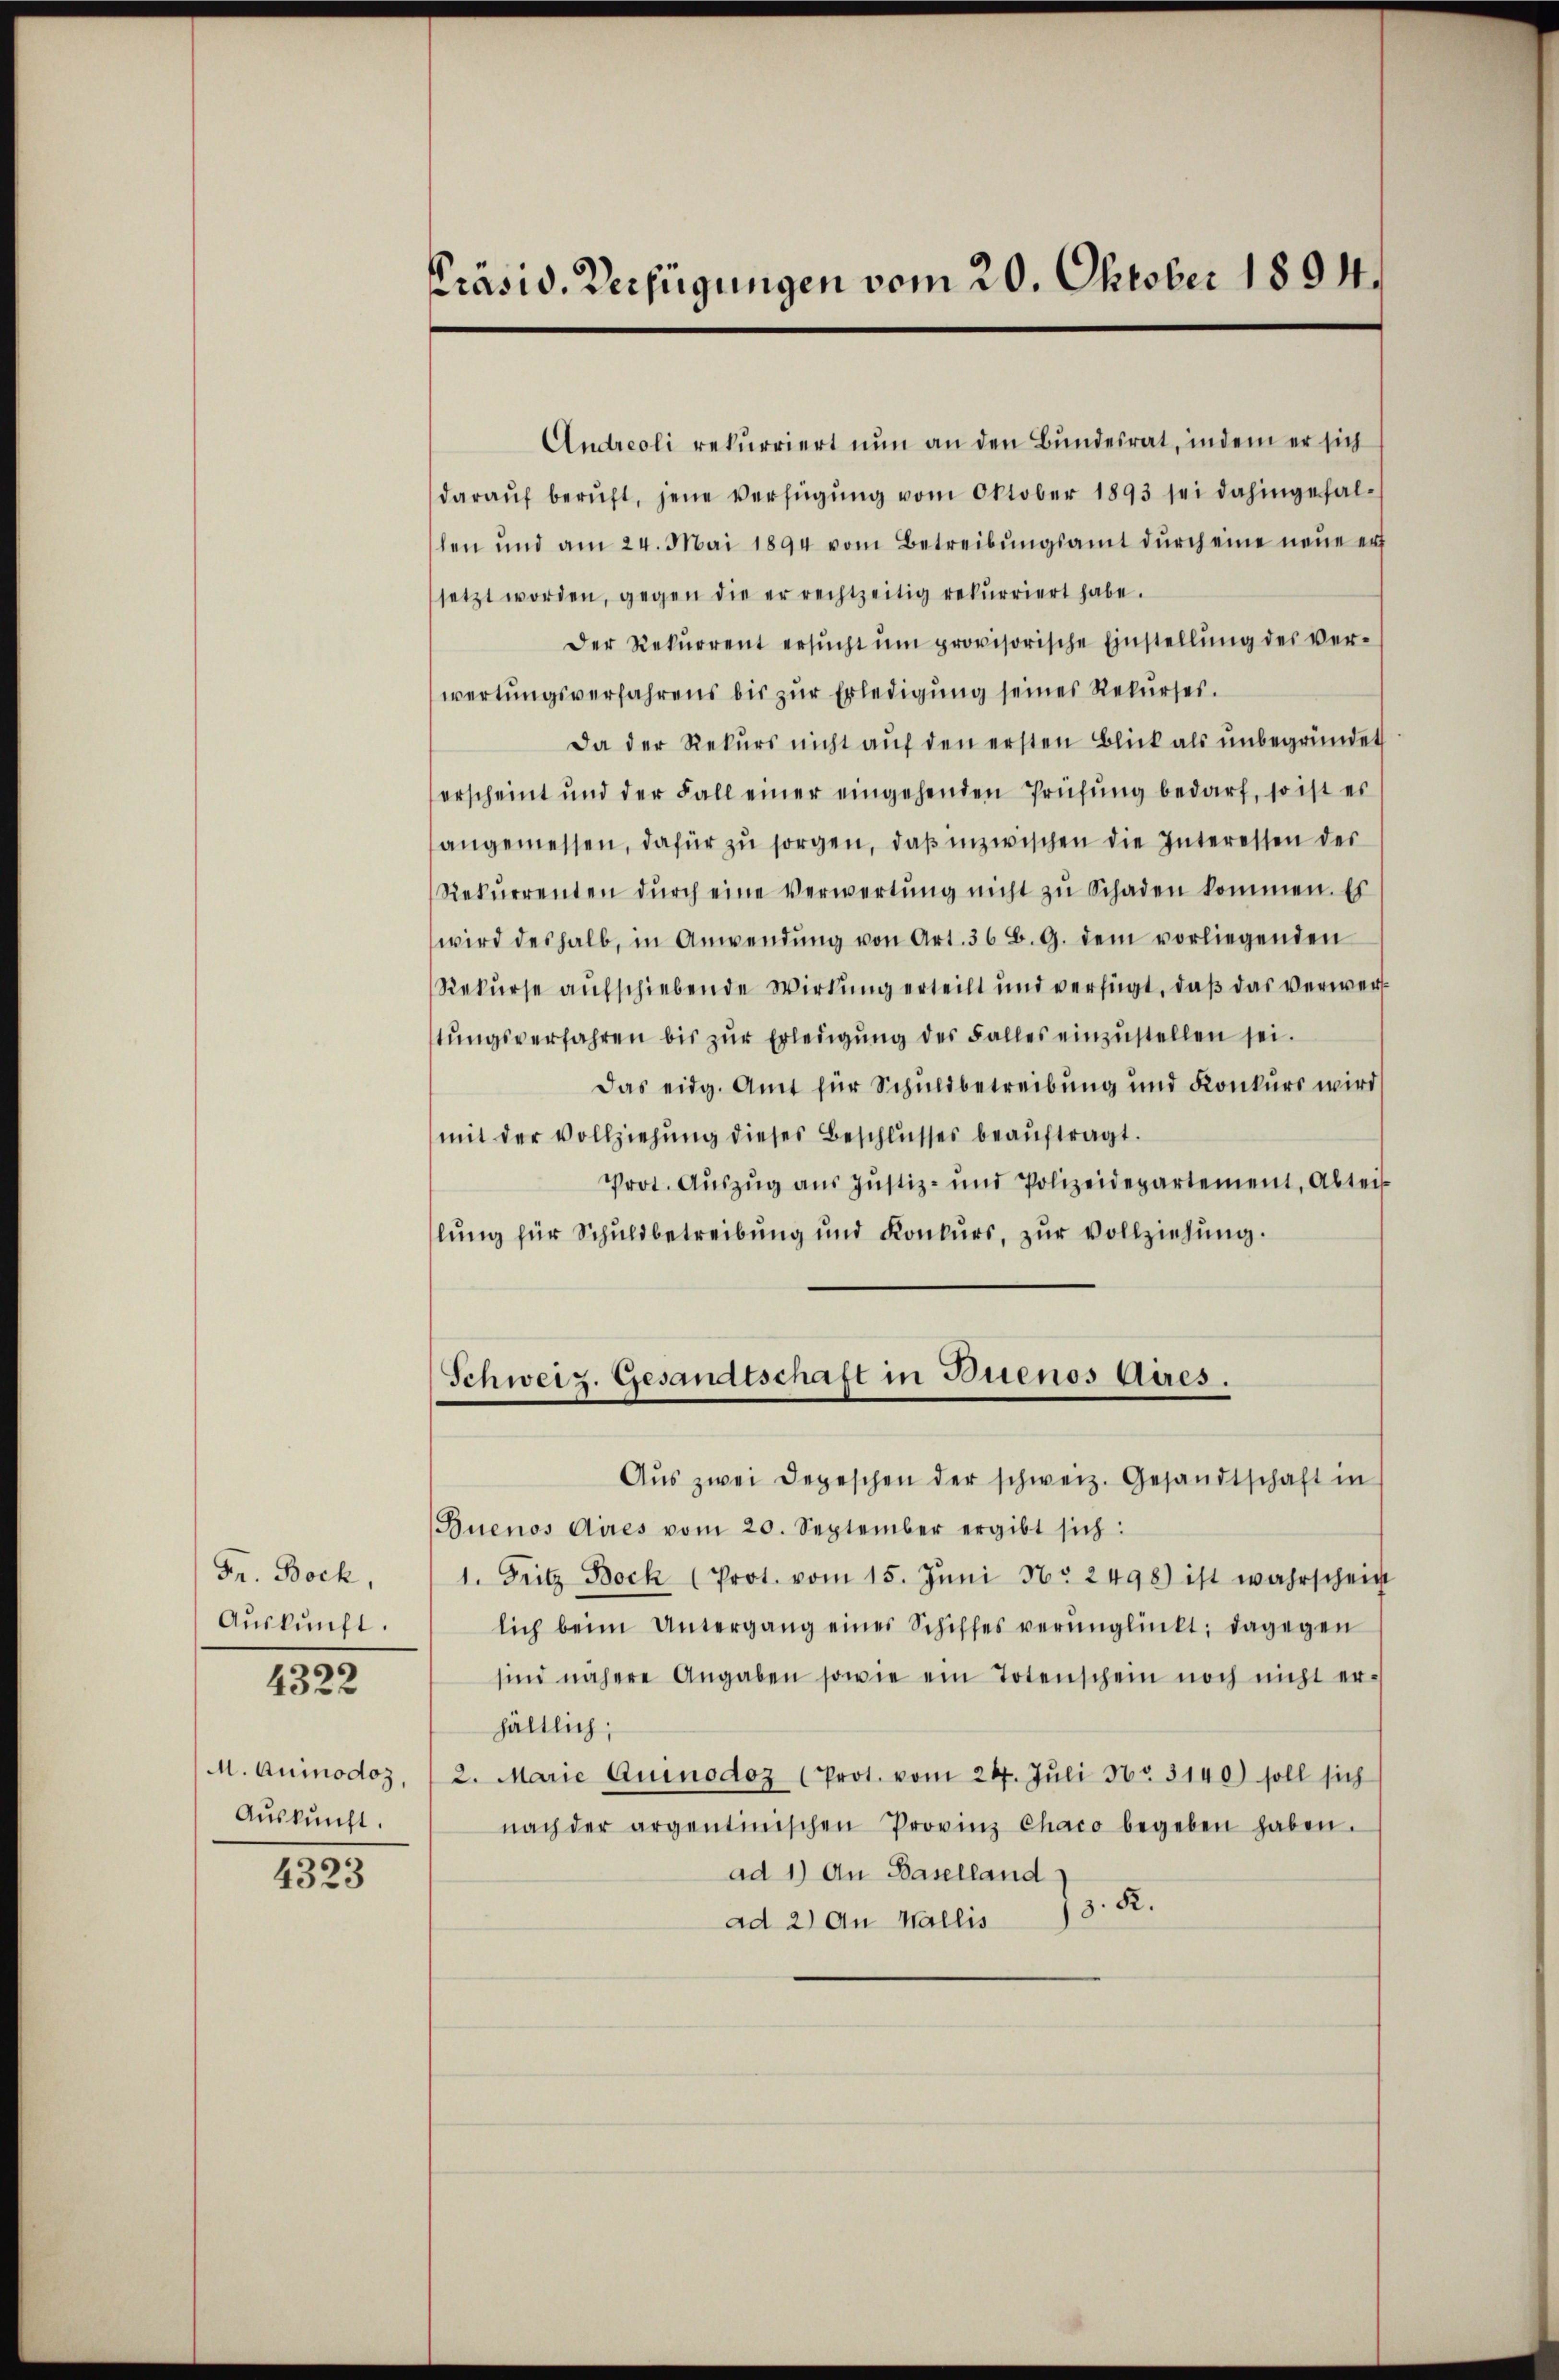
Fr. Bock,
Aŭskŭnft.
4322

M. Quinodoz,
Aŭskŭnft.

4323

Präsid. Verfügungen vom 20. Oktober 1894.

Andreoli rekurriert nun an den Bundesrat, indem er sich
daraŭf berŭft, jene Verfügŭng vom Oktober 1893 sei dahingefallen und am 24. Mai 1894 vom Betreibŭngsamt dŭrch eine neue er
setzt worden, gegen die er rechtzeitig rekurriert habe.
Der Rekŭrrent ersŭcht ŭm provisorische Einstellŭng des ver-
wertungsverfahrens bis zur Erledigung seines Rekurses.
Da der Rekurs nicht aŭf den ersten Blick als unbegründet
erscheint und der Fall einer eingehenden Prüfŭng bedarf, so ist es
angemessen, dafür zu sorgen, daß inzwischen die Interessen der
Rekurrenten dŭrch eine Verwertŭng nicht zŭ Schaden kommen. Es
wird deshalb, in Anwendŭng von Art. 36 B. G. dem vorliegenden
Rekurse aufschiebende Wirkung erteilt und verfügt, daß das verwerf
stŭngsverfahren bis zŭr Erledigŭng des Falles einzŭstellen sei.
das eidg. Amt für Schuldbetreibung und Konkurs wird
mit der Vollziehŭng dieses Beschlŭsses beaŭftragt.
Prot. Aŭszŭg aŭs Jŭstiz- und Polizeidepartement, Abteis
lung für Schuldbetreibung und Konkurs, zŭr Vollziehung.

Schweiz. Gesandtschaft in Buenos Aires.

Aŭs zwei Depeschen der schweiz. Gesandtschaft in
Buenos Aires vom 20. September ergibt sich:
1. Fritz Bock (Prot. vom 15. Jŭni No 2498) ist wahrschein
lich beim Untergang eines Schiffes verŭnglückt; dagegen
sind nähere Angaben sowie ein Totenschein noch nicht er-
hältlich;
2. Marie Quinodoz (Prot. vom 24. Jŭli No 3140) soll sich
nach der argentinischen Provinz Chaco begeben haben.
ad 1.) An Baselland
ad 2) An Wallis 18. R.